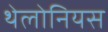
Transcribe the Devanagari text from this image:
थेलोनियस